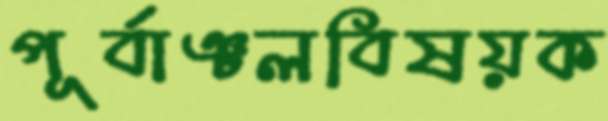
পূর্বাঞ্চলবিষয়ক